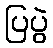
ပြပွဲ